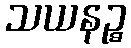
သယနဉ္စ